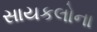
સાયકલોના